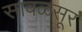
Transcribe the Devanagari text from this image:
सावळसूर